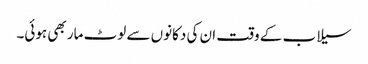
سیلاب کے وقت ان کی دکانوں سے لوٹ مار بھی ہوئی۔